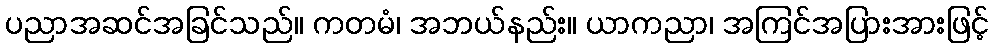
ပညာအဆင်အခြင်သည်။ ကတမံ၊ အဘယ်နည်း။ ယာကညာ၊ အကြင်အပြားအားဖြင့်